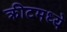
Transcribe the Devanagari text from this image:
क्रीटमध्ये